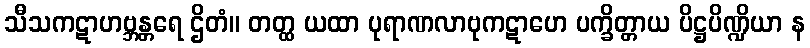
သီသကဋာဟဗ္ဘန္တရေ ဌိတံ။ တတ္ထ ယထာ ပုရာဏလာဗုကဋာဟေ ပက္ခိတ္တာယ ပိဋ္ဌပိဏ္ဍိယာ န